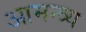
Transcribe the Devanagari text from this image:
आमन्त्र्य